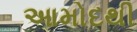
આમોદથી